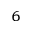
_ { 6 }